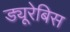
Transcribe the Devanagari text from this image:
ड्यूरेबिस